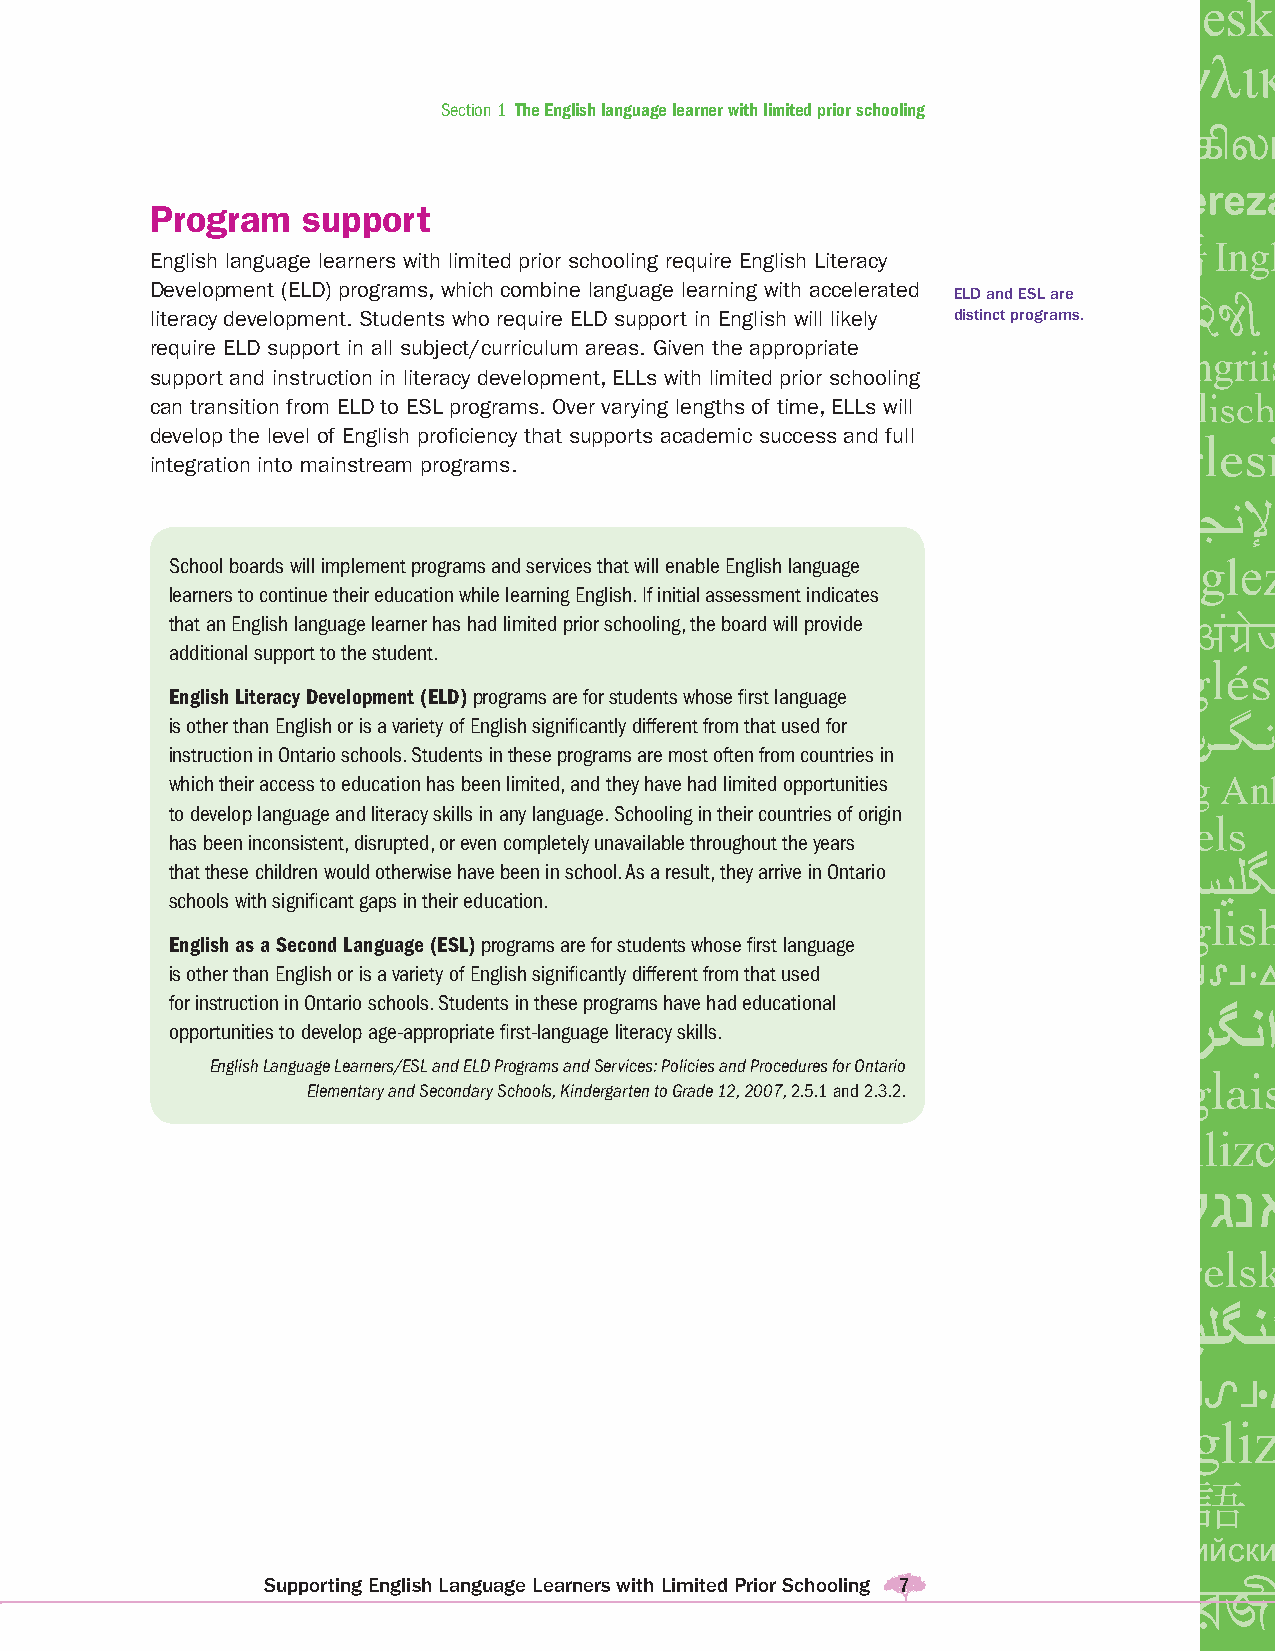
Section 1 The English language learner with limited prior schooling
 Program   support
 English language learners with limited prior schooling require English Literacy
 Development (ELD) programs, which combine language learning with accelerated
 ELD and ESL are
 literacy development. Students who require ELD support in English will likely distinct programs.
 require ELD support in all subject/curriculum areas. Given the appropriate
 support and instruction in literacy development, ELLs with limited prior schooling
 can transition from ELD to ESL programs. Over varying lengths of time, ELLs will
 develop the level of English profi ciency that supports academic success and full
 integration into mainstream programs.
 School boards will implement programs and services that will enable English language
 learners to continue their education while learning English. If initial assessment indicates
 that an English language learner has had limited prior schooling, the board will provide
 additional support to the student.
 English Literacy Development (ELD) programs are for students whose fi rst language
 is other than English or is a variety of English signifi cantly different from that used for
 instruction in Ontario schools. Students in these programs are most often from countries in
 which their access to education has been limited, and they have had limited opportunities
 to develop language and literacy skills in any language. Schooling in their countries of origin
 has been inconsistent, disrupted, or even completely unavailable throughout the years
 that these children would otherwise have been in school. As a result, they arrive in Ontario
 schools with signifi cant gaps in their education.
 English as a Second Language (ESL) programs are for students whose fi rst language
 is other than English or is a variety of English signifi cantly different from that used
 for instruction in Ontario schools. Students in these programs have had educational
 opportunities to develop age-appropriate fi rst-language literacy skills.
 English Language Learners/ESL and ELD Programs and Services: Policies and Procedures for Ontario
 Elementary and Secondary Schools, Kindergarten to Grade 12, 2007, 2.5.1 and 2.3.2.
 Supporting English Language Learners with Limited Prior Schooling 77